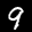
Label: 9